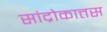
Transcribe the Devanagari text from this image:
सांद्रोकात्तस